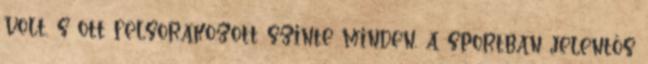
volt, s ott felsorakozott szinte minden, a sportban jelentős